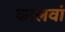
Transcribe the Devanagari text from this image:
कालवां